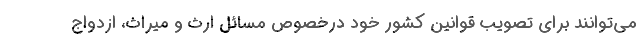
می‌توانند برای تصویب قوانین کشور خود درخصوص مسائل ارث و میراث، ازدواج